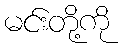
မင်းတို့ကို